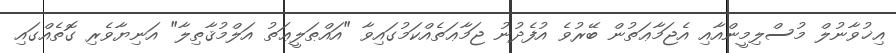
އިޚުވާނުލް މުސްލިމީންއާއި އެޖަމާޢަތުން ބޭރުވެ އުފެދުނު ޖަމާޢަތެއްކަމުގައިވާ "އައްޠަލީޢަތު އަލްމުޤާތިލާ" އަނިޔާވެރި ގޮތެއްގައި